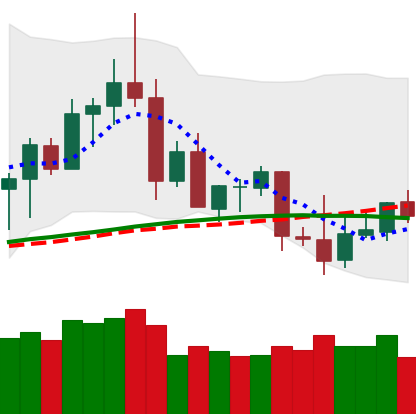
Ticker: ETC-USD
Chart end date: 2020-08-31
Forward return: -23.644%
Label: down_7plus